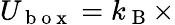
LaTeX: U_{\mathrm{~b~o~x~}}=k_{\mathrm{~B~}}\times